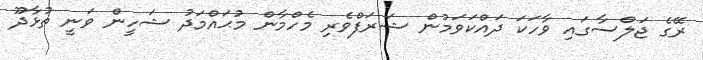
ރޭގެ ޖަލްސާގައި ވާހަކަ ދައްކަވަމުން ޝަރަފްވެރި މެހްމާން މުޙައްމަދު ޝަހީން ވަނީ ތުޅާދޫ